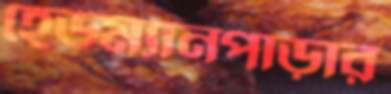
হেডম্যানপাড়ার